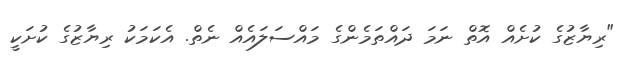
"ރިޔާޒުގެ ކުށެއް އޮތް ނަމަ ދައްތަމެންގެ މައްސަލައެއް ނެތް. އެކަމަކު ރިޔާޒުގެ ކުށަކީ